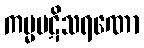
ကမ္မပဋိသရဏော